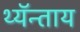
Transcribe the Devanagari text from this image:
थ्यॅन्ताय